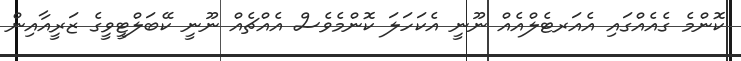
ކޮންމެ ގެއެއްގައި އެއަރޓެލްއެއް ނޫނީ އެކަހަލަ ކޮންމެވެސް އެއްޗެއް ނޫނީ ކޭބަލްޓީވީގެ ޒަރީއާއިން